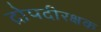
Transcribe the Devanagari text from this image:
द्रोपदीरक्षक